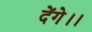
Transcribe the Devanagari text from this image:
देंगे।।